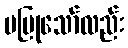
မပြုသော်လည်း